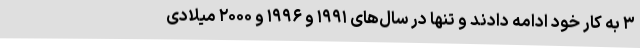
۳ به کار خود ادامه دادند و تنها در سال‌های ۱۹۹۱ و ۱۹۹۶ و ۲۰۰۰ میلادی